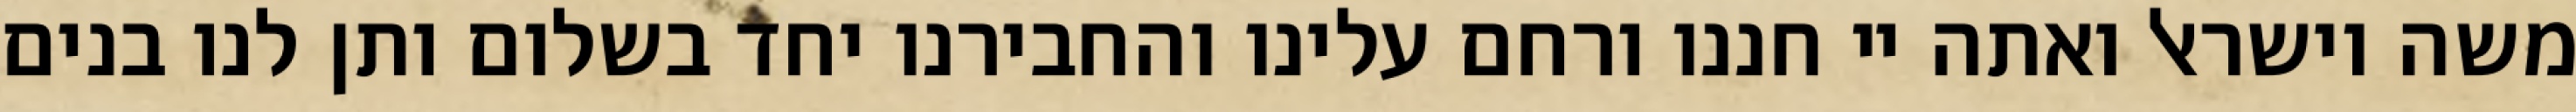
משה וישראל ואתה יי חננו ורחם עלינו והחבירנו יחד בשלום ותן לנו בנים